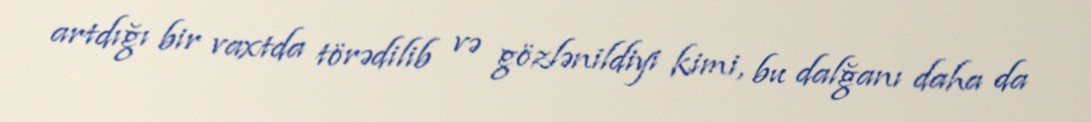
artdığı bir vaxtda törədilib və gözlənildiyi kimi, bu dalğanı daha da